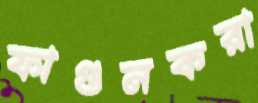
ফাগুনকরা